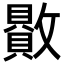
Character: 贁